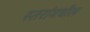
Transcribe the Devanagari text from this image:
स्तरांमधील